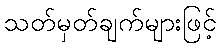
သတ်မှတ်ချက်များဖြင့်